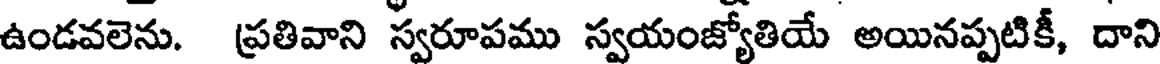
ఉండవలెను. ప్రతివాని స్వరూపము స్వయంజ్యోతియే అయినప్పటికీ, దాని